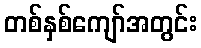
တစ်နှစ်ကျော်အတွင်း